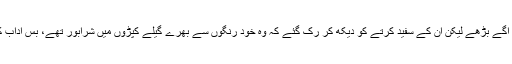
وہ انھیں گلے لگانے کے لئے آگے بڑھے لیکن ان کے سفید کرتے کو دیکھ کر رُک گئے کہ وہ خود رنگوں سے بھرے گیلے کپڑوں میں شرابور تھے، بس آداب کے ساتھ ہاتھ ملاکر رہ گئے ۔